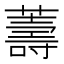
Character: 薵